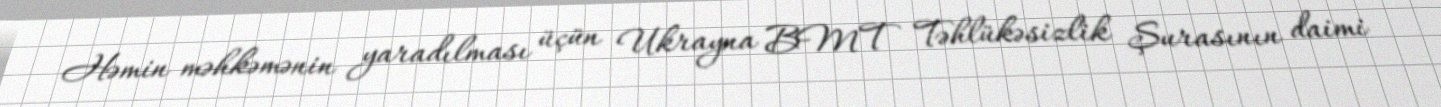
Həmin məhkəmənin yaradılması üçün Ukrayna BMT Təhlükəsizlik Şurasının daimi